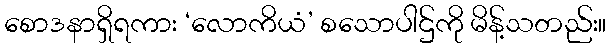
စောဒနာရှိရကား ‘လောကိယံ’ စသောပါဌ်ကို မိန့်သတည်း။